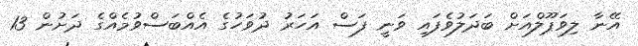
އޭނާ ލިވަޕޫލްއަށް ބަދަލުވެފައި ވަނީ ފަސް އަހަރު ދުވަހުގެ އެއްބަސްވުމެއްގެ ދަށުން 13